Civil Veterinary Department Bihar & Orissa reports 1929-36 - 1929-1936
Year: 1929
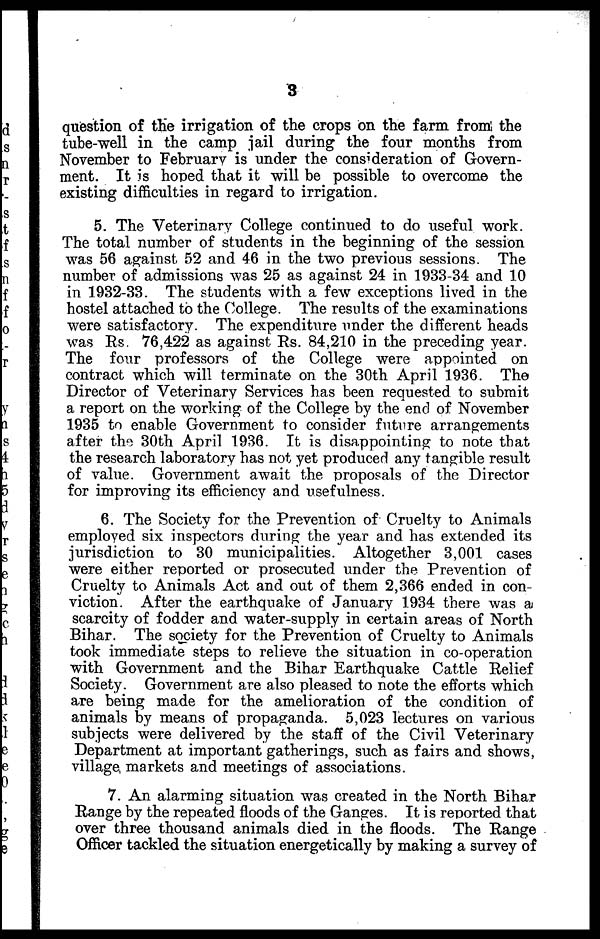
3
question of the irrigation of the crops on the farm from the
tube-well in the camp jail during the four months from
November to February is under the consideration of Govern-
ment. It is hoped that it will be possible to overcome the
existing difficulties in regard to irrigation.
5. The Veterinary College continued to do useful work.
The total number of students in the beginning of the session
was 56 against 52 and 46 in the two previous sessions. The
number of admissions was 25 as against 24 in 1933-34 and 10
in 1932-33. The students with a few exceptions lived in the
hostel attached to the College. The results of the examinations
were satisfactory. The expenditure under the different heads
was Rs. 76,422 as against Rs. 84,210 in the preceding year.
The four professors of the College were appointed on
contract which will terminate on the 30th April 1936. The
Director of Veterinary Services has been requested to submit
a report on the working of the College by the end of November
1935 to enable Government to consider future arrangements
after the 30th April 1936. It is disappointing to note that
the research laboratory has not yet produced any tangible result
of value. Government await the proposals of the Director
for improving its efficiency and usefulness.
6. The Society for the Prevention of Cruelty to Animals
employed six inspectors during the year and has extended its
jurisdiction to 30 municipalities. Altogether 3,001 cases
were either reported or prosecuted under the Prevention of
Cruelty to Animals Act and out of them 2,366 ended in con-
viction. After the earthquake of January 1934 there was a
scarcity of fodder and water-supply in certain areas of North
Bihar. The society for the Prevention of Cruelty to Animals
took immediate steps to relieve the situation in co-operation
with Government and the Bihar Earthquake Cattle Relief
Society. Government are also pleased to note the efforts which
are being made for the amelioration of the condition of
animals by means of propaganda. 5,023 lectures on various
subjects were delivered by the staff of the Civil Veterinary
Department at important gatherings, such as fairs and shows,
village, markets and meetings of associations.
7. An alarming situation was created in the North Bihar
Range by the repeated floods of the Ganges. It is reported that
over three thousand animals died in the floods. The Range
Officer tackled the situation energetically by making a survey of